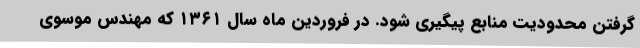
گرفتن محدودیت منابع پیگیری شود. در فروردین ماه سال ۱۳۶۱ که مهندس موسوی